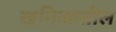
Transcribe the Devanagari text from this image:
खनिजातील